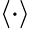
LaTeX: \langle\cdot\rangle